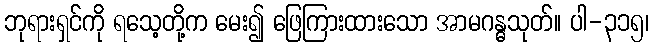
ဘုရားရှင်ကို ရသေ့တို့က မေး၍ ဖြေကြားထားသော အာမဂန္ဓသုတ်။ ပါ-၃၁၅၊